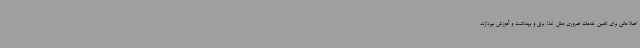
اصلاحاتی برای تامین خدمات ضروری مثل غذا، برق و بهداشت و آموزش بپردازند